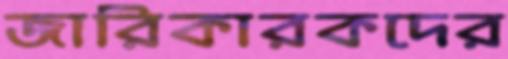
জারিকারকদের